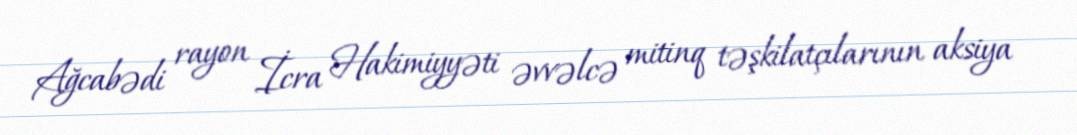
Ağcabədi rayon İcra Hakimiyyəti əvvəlcə mitinq təşkilatçılarının aksiya